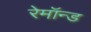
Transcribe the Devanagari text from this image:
रेमॉन्ड